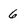
Character: 6